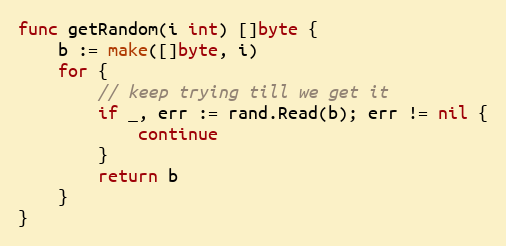
Language: Go
func getRandom(i int) []byte {
	b := make([]byte, i)
	for {
		// keep trying till we get it
		if _, err := rand.Read(b); err != nil {
			continue
		}
		return b
	}
}